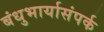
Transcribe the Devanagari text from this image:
बंधुभार्यासंपर्क